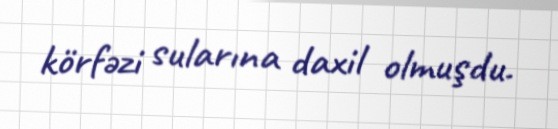
körfəzi sularına daxil olmuşdu.